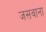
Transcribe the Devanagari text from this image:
जसवाना